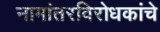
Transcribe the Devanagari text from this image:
नामांतरविरोधकांचे